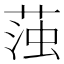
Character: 𮶫